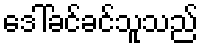
ဒေါ်ခင်ခင်သူသည်